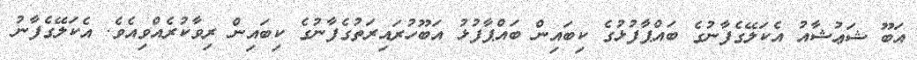
އަބޫ ޝަޢުޝާއު އެކަލޭގެފާނުގެ ބައްޕާފުޅުގެ ކިބައިން ބައްޕާފުޅު އަބޫހުރައިރަތުގެފާނުގެ ކިބައިން ރިވާކުރެއްވިއެވެ. އެކަލޭގެފާނު